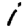
Digit: 1